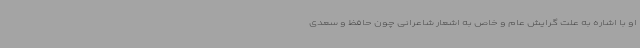
او با اشاره به علت گرایش عام و خاص به اشعار شاعرانی چون حافظ و سعدی